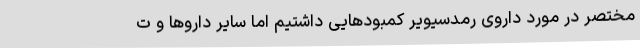
مختصر در مورد داروی رمدسیویر کمبودهایی داشتیم اما سایر داروها و ت